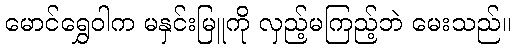
မောင်ရွှေဝါက မနှင်းမြူကို လှည့်မကြည့်ဘဲ မေးသည်။